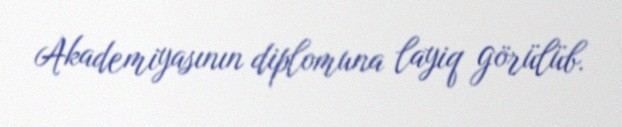
Akademiyasının diplomuna layiq görülüb.